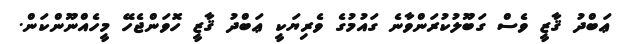
ޢަބްދު ޤާޒީ ވެސް ގަބޫލުކުރަންވާނެ ގައުމުގެ ވެރިޔަކީ ޢަބްދު ޤާޒީ ހޮވަންޖެހޭ މީހެއްނޫންކަން.